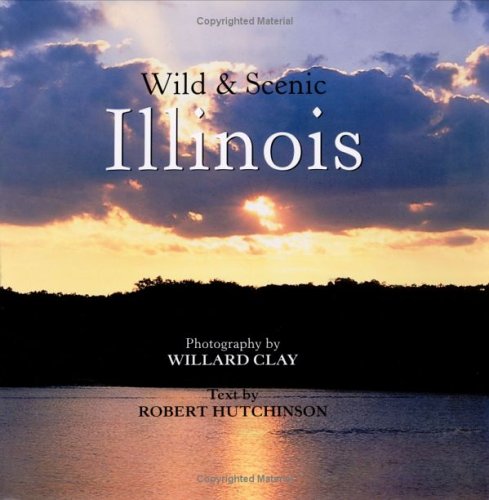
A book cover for Wild & Scenic Illinois; Willard Clay; Travel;